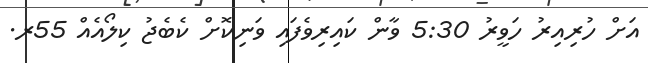
އަށް ހުރިއިރު ހަވީރު 5:30 ވާން ކައިރިވެފައި ވަނިކޮށް ކެބެޖު ކިލޯއެއް 55ރ.